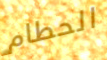
الحطام